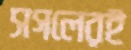
সগলেরই